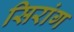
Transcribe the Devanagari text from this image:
सिरांग